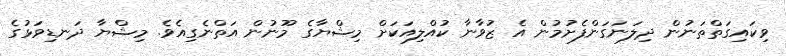
ވިކައިގަތްތަނުން ދިލަނަގަންފެށުމުން އެ ޒުވާނާ ކުއްލިއަކަށް މިޝްޔާގެ މޫނުން އަތްނެގިއެވެ. މިޝްޔާ ދަނޑިވަޅުގެ